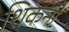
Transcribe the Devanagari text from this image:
शिकनों